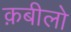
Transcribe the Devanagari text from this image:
क़बीलो